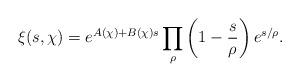
LaTeX: \begin{align*}\xi(s,\chi)=e^{A(\chi)+B(\chi)s}\prod_{\rho }\left(1-\frac{s}{\rho}\right)e^{s/\rho}.\end{align*}